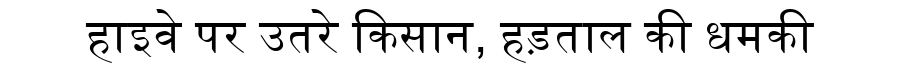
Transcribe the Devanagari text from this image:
हाइवे पर उतरे किसान, हड़ताल की धमकी